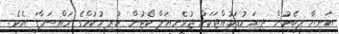
އަނިޔާ ލިބެމުން ދިޔަ ކުޑަކުއްޖަކަށް ޖުވެނިއަލް ކޯޓުން ކުރި ހުކުމްގެ މައްސަލާގަ އެވެ.